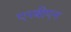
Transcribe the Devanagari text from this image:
एनबीएन